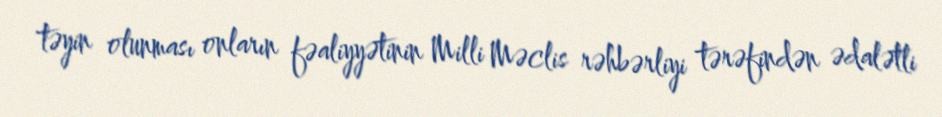
təyin olunması onların fəaliyyətinin Milli Məclis rəhbərliyi tərəfindən ədalətli